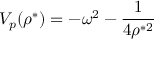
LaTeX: V _ { p } ( \rho ^ { * } ) = - \omega ^ { 2 } - \frac { 1 } { 4 \rho ^ { * 2 } }